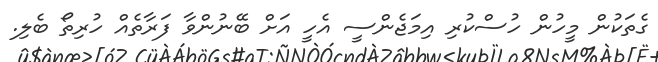
ގެތަކުން މީހުން ހުސްކުރި އިމަޖެންސީ އެހީ އަށް ބޭނުންވާ ފަރާތެއް ހުރިތޯ ބެލި.